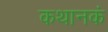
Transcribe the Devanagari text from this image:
कथानकं